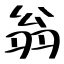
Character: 翁